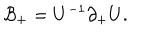
{ \cal B } _ { + } = U ^ { - 1 } \partial _ { + } U .